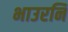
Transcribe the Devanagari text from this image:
भाउरनि